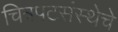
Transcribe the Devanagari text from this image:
चित्रपटसंस्थेचे